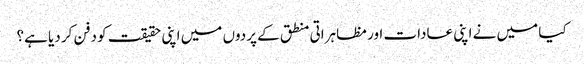
کیا میں نے اپنی عادات اور مظاہراتی منطق کے پردوں میں اپنی حقیقت کو دفن کر دیا ہے؟